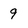
Character: 9